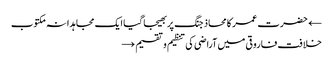
← حضرت عمر کا محاذ جنگ پر بھیجا گیا ایک مجاہدانہ مکتوب
خلافت فاروقی میں آراضی کی تنظیم و تقسیم →